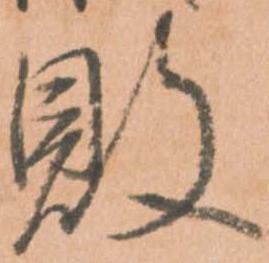
敗